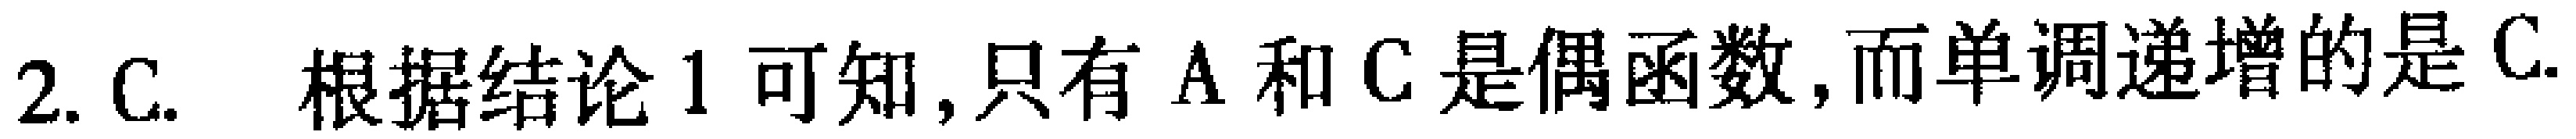
2. C. 根据结论 1 可知, 只有 A 和 C 是偶函数, 而单调递增的是 C.